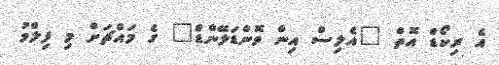
އެ ރިކޯޑް އޮތް "އެލިސް އިން ވޮންޑަލޭންޑް" ގެ މައްޗަށް މި ފިލްމު